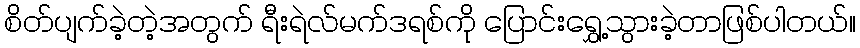
စိတ်ပျက်ခဲ့တဲ့အတွက် ရီးရဲလ်မက်ဒရစ်ကို ပြောင်းရွှေ့သွားခဲ့တာဖြစ်ပါတယ်။